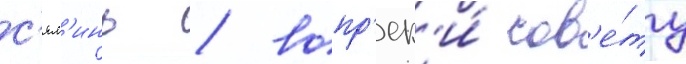
с'ял'инь / вопр'ек'и́ сов'е́ту